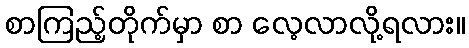
စာကြည့်တိုက်မှာ စာ လေ့လာလို့ရလား။